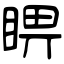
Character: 睤